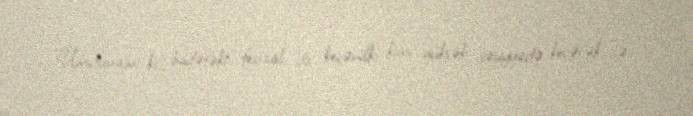
Ümidvaram ki, budəfəki festival da keçənilki kimi yüksək səviyyədə keçəcək və